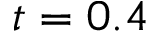
t = 0 . 4